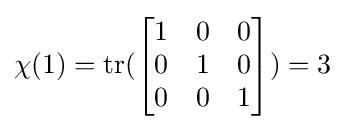
\chi (1)=\operatorname {tr} ({\begin{bmatrix}1&0&0\\0&1&0\\0&0&1\end{bmatrix}})=3